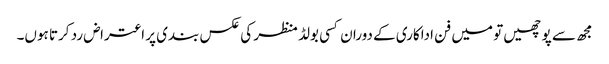
مجھ سے پوچھیں تو میں فن اداکاری کے دوران کسی بولڈ منظر کی عکس بندی پر اعتراض رد کرتا ہوں۔